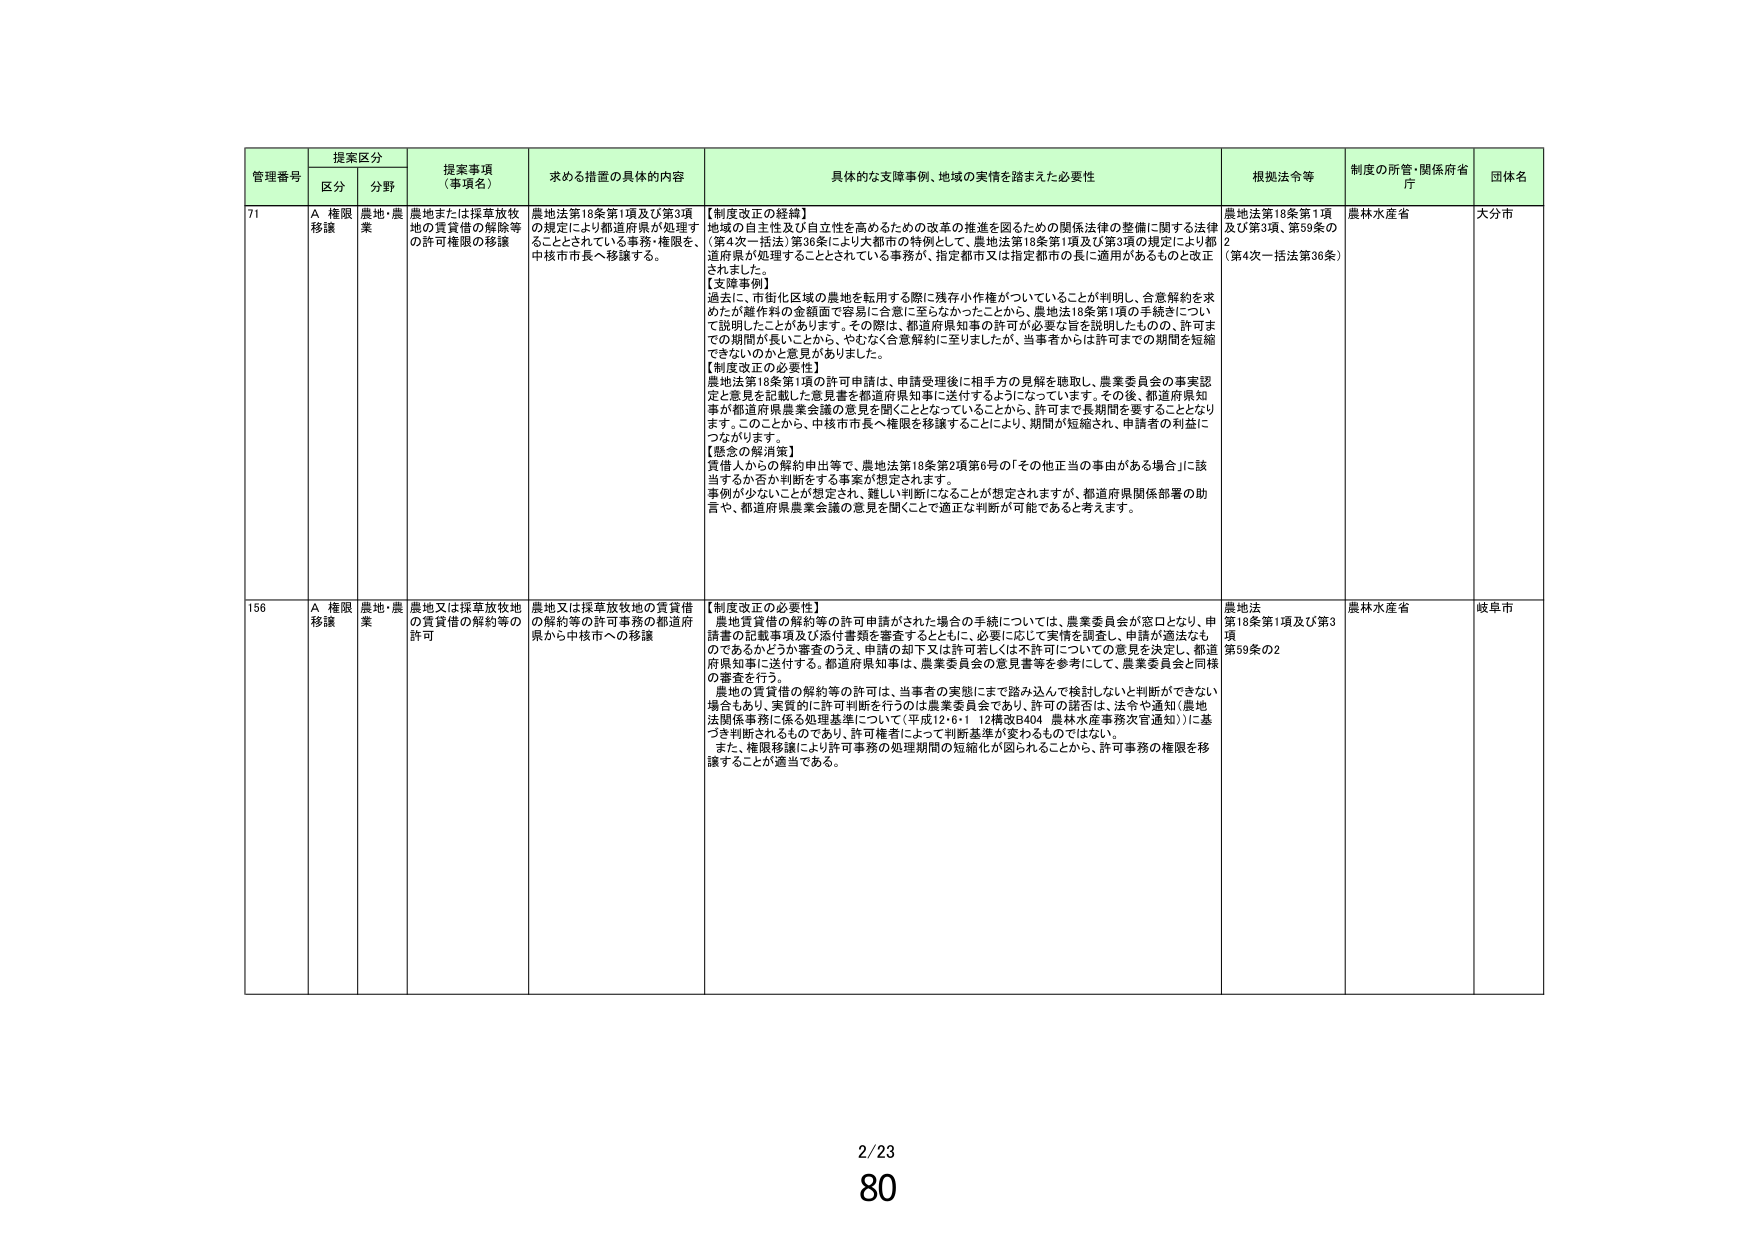
管理番号 提案区分 提案事項（事項名） 求める措置の具体的内容 具体的な支障事例、地域の実情を踏まえた必要性 根拠法令等 制度の所管・関係府省庁 団体名
区分 分野
71 A 権限移譲 農地・農業 農地または採草放牧地の賃貸借の解除等の許可権限の移譲 農地法第18条第1項及び第3項の規定により都道府県が処理することとされている事務・権限を、中核市長へ移譲する。 【制度改正の経緯】 地域の自主性及び自立性を高めるための改革の推進を図るための関係法律の整備に関する法律（第4次一括法）第36条により大都市の特例として、農地法第18条第1項及び第3項の規定により都道府県が処理することとされている事務が、指定都市又は指定都市の長に適用があるものと改正されました。 【支障事例】 過去に、市街化区域の農地を転用する際に残存小作権がついていることが判明し、合意解約を求めたが離作料の金額面で容易に合意に至らなかったことから、農地法18条第1項の手続きについて説明したことがあります。その際は、都道府県知事の許可が必要な旨を説明したものの、許可までの期間が長いことから、やむなく合意解約に至りましたが、当事者からは許可までの期間を短縮できないのかと意見がありました。 【制度改正の必要性】 農地法第18条第1項の許可申請は、申請受理後に相手方の見解を聴取し、農業委員会の事実認定と意見を記載した意見書を都道府県知事に送付するようになっています。その後、都道府県知事が都道府県農業会議の意見を聞くこととなっていることから、許可まで長期間を要することとなります。このことから、中核市市長へ権限を移譲することにより、期間が短縮され、申請者の利益につながります。 【懸念の解消策】 賃借人からの解約申出等で、農地法第18条第2項第6号の「その他正当の事由がある場合」に該当するか否か判断をする事案が想定されます。 事例が少ないことが想定され、難しい判断になることが想定されますが、都道府県関係部署の助言や、都道府県農業会議の意見を聞くことで適正な判断が可能であると考えます。 農地法第18条第1項及び第3項、第59条の2（第4次一括法第36条） 農林水産省 大分市
156 A 権限移譲 農地・農業 農地又は採草放牧地の賃貸借の解約等の許可 農地又は採草放牧地の賃貸借の解約等の許可事務の都道府県から中核市への移譲 【制度改正の必要性】 農地賃貸借の解約等の許可申請がされた場合の手続については、農業委員会が窓口となり、申請書の記載事項及び添付書類を審査するとともに、必要に応じて実情を調査し、申請が適法なものであるかどうか審査のうえ、申請の却下又は許可若しくは不許可についての意見を決定し、都道府県知事に送付する。都道府県知事は、農業委員会の意見書等を参考にして、農業委員会と同様の審査を行う。 農地の賃貸借の解約等の許可は、当事者の実態にまで踏み込んで検討しないと判断ができない場合もあり、実質的に許可判断を行うのは農業委員会であり、許可の諾否は、法令や通知（農地法関係事務に係る処理基準について（平成12・6・1 12構改B404 農林水産事務次官通知））に基づき判断されるものであり、許可権者によって判断基準が変わるものではない。 また、権限移譲により許可事務の処理期間の短縮化が図られることから、許可事務の権限を移譲することが適当である。 農地法第18条第1項及び第3項第59条の2 農林水産省 岐阜市
2/23
80